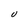
Character: U